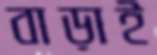
বাড়াই